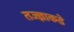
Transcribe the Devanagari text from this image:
तज्‍ज्ञाकडे